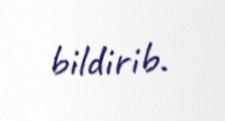
bildirib.